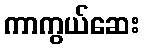
ကာကွယ်ဆေး